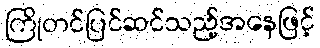
ကြိုတင်ပြင်ဆင်သည့်အနေဖြင့်